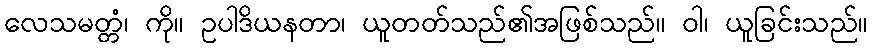
လေသမတ္တံ၊ ကို။ ဥပါဒိယနတာ၊ ယူတတ်သည်၏အဖြစ်သည်။ ဝါ၊ ယူခြင်းသည်။